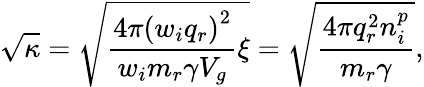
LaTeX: \sqrt{\kappa}=\sqrt{\frac{4\pi\left(w_{i}q_{r}\right)^{2}}{w_{i}m_{r}\gamma V_{g}}\xi}=\sqrt{\frac{4\pi q_{r}^{2}n_{i}^{p}}{m_{r}\gamma}},